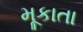
મૂકાતા